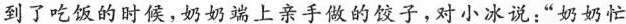
到了吃饭的时候，奶奶端上亲手做的饺子，对小冰说：”奶奶忙